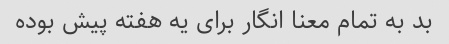
بد به تمام معنا انگار برای یه هفته پیش بوده